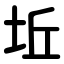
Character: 坵